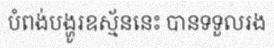
បំពង់បង្ហូរឧស្ម័ននេះ បានទទួលរង